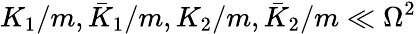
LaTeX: K_{1}/m,\bar{K}_{1}/m,K_{2}/m,\bar{K}_{2}/m\ll\Omega^{2}